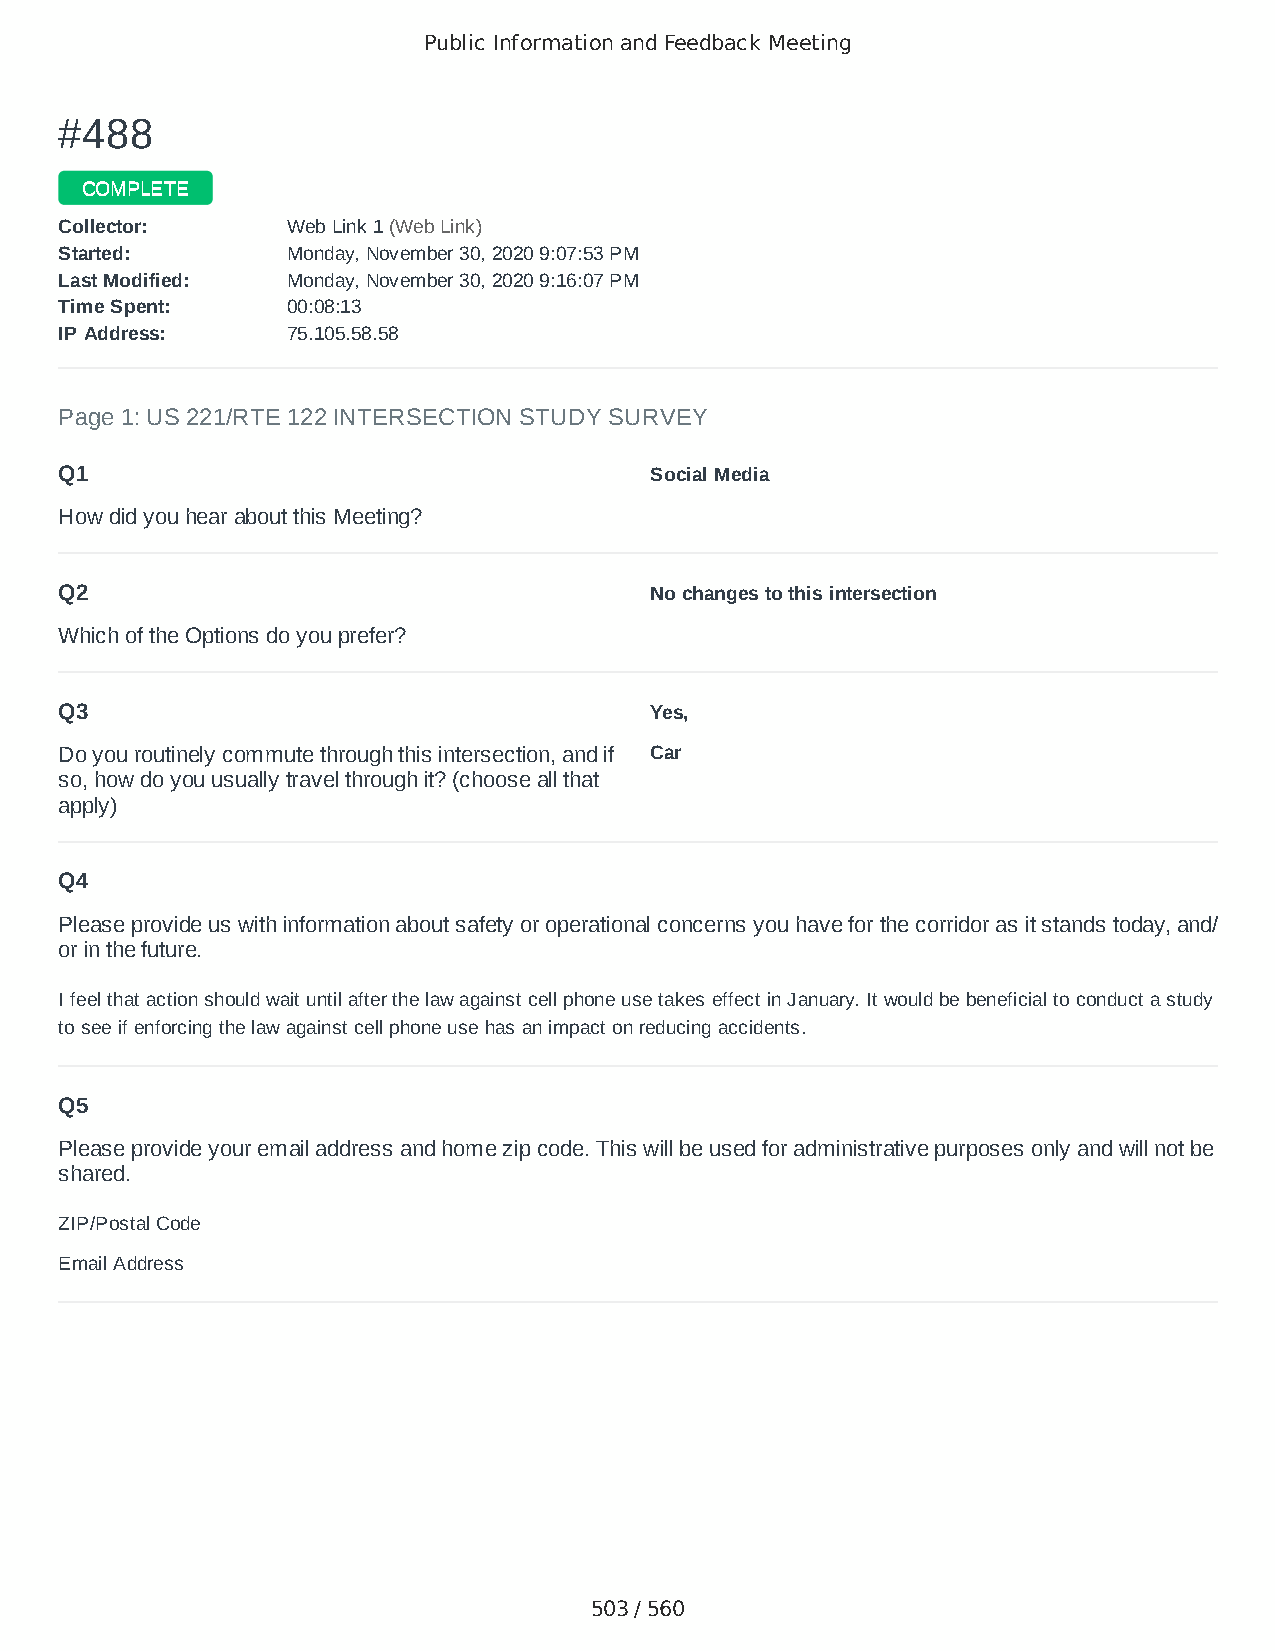
Public Information and Feedback Meeting
 ##448888
 CCOOMMPPLLEETTEE
 CCoolllleeccttoorr:: WWeebb LLiinnkk 11 ((WWeebb LLiinnkk))
 SSttaarrtteedd:: MMoonnddaayy,, NNoovveemmbbeerr 3300,, 22002200 99::0077::5533 PPMM
 LLaasstt MMooddiiffiieedd:: MMoonnddaayy,, NNoovveemmbbeerr 3300,, 22002200 99::1166::0077 PPMM
 TTiimmee SSppeenntt:: 0000::0088::1133
 IIPP AAddddrreessss:: 7755..110055..5588..5588
 Page 1: US 221/RTE 122 INTERSECTION STUDY SURVEY
 Q1                                     Social Media
 How did you hear about this Meeting?
 Q2                                     No changes to this intersection
 Which of the Options do you prefer?
 Q3                                     Yes,
 Do you routinely commute through this intersection, and if Car
 so, how do you usually travel through it? (choose all that
 apply)
 Q4
 Please provide us with information about safety or operational concerns you have for the corridor as it stands today, and/
 or in the future.
 I feel that action should wait until after the law against cell phone use takes effect in January. It would be beneficial to conduct a study
 to see if enforcing the law against cell phone use has an impact on reducing accidents.
 Q5
 Please provide your email address and home zip code. This will be used for administrative purposes only and will not be
 shared.
 ZIP/Postal Code                        24526
 Email Address                          alexkaminskyjr@gmail.com
 503 / 560